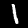
Digit: 1